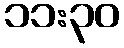
၁၁:၃၀